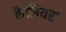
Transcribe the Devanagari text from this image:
कैलियर्स